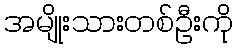
အမျိုးသားတစ်ဦးကို